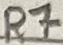
Text: R7